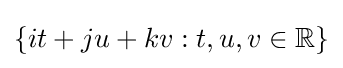
\{it+ju+kv:t,u,v\in \mathbb {R} \}